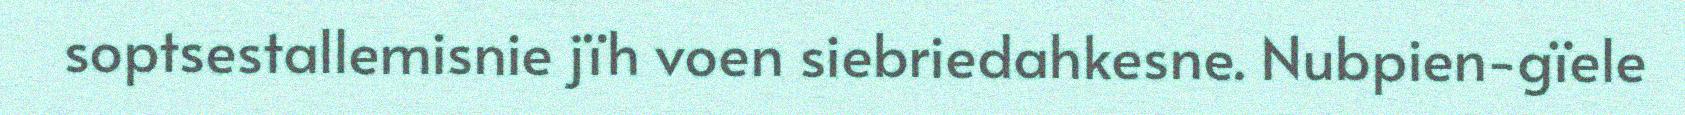
soptsestallemisnie jïh voen siebriedahkesne. Nubpien-gïele